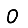
Digit: 0